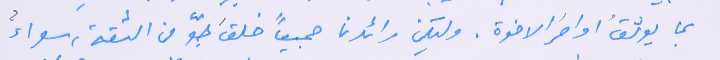
بما يوثقُ اواصرَ الاخوة. وليكن رائدنا جميعاً خلقَ جوّ من الثقة، سواءٌ